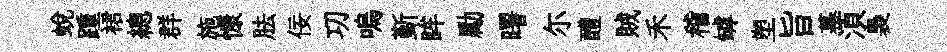
蛻踵裙總群施慷胠佞㓛嗚斳眸勵曙尓醴賊禾稽罅塑旨幕湏裊